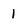
Character: l